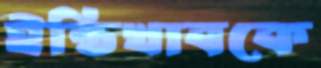
ইন্তিখাবকে